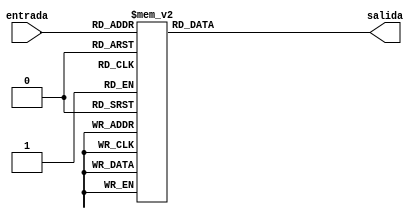
`timescale 1ns / 1ps
//////////////////////////////////////////////////////////////////////////////////
// Company: 
// Engineer: 
// 
// Design Name: 
// Module Name:    decoder 
// Project Name: 
// Target Devices: 
// Tool versions: 
// Description: 
//
// Dependencies: 
//
// Revision: 
// Revision 0.01 - File Created
// Additional Comments: 
//
//////////////////////////////////////////////////////////////////////////////////
module decoder (
			input wire [2:0]entrada,
			output reg [7:0]salida
		);

   always @(*)
         case (entrada)
            3'b000  : salida <= 8'b00000001;
            3'b001  : salida <= 8'b00000010;
            3'b010  : salida <= 8'b00000100;
            3'b011  : salida <= 8'b00001000;
            3'b100  : salida <= 8'b00010000;
            3'b101  : salida <= 8'b00100000;
            3'b110  : salida <= 8'b01000000;
            3'b111  : salida <= 8'b10000000;
            default : salida <= 8'b00000000;
         endcase

endmodule